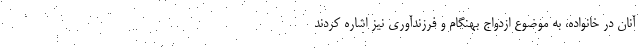
آنان در خانواده، به موضوع ازدواج بهنگام و فرزندآوری نیز اشاره کردند